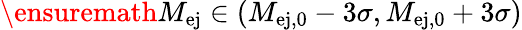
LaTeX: \ensuremath{M_{\mathrm{ej}}}{}\in(M_{\mathrm{ej,0}}-3\sigma,M_{\mathrm{ej,0}}+3\sigma)